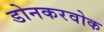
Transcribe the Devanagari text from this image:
डोनकरवोक